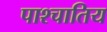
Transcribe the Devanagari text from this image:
पाश्चातिय